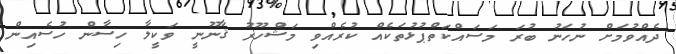
ދެއްވުމަށް ނުހަނު ބުރަ މަސައްކަތްޕުޅުތަކެއް ކުރެއްވި މަޝްހޫރު ޤާނޫނީ ވަކީލާ ހިސާން ހުސެއިން